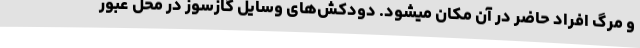
و مرگ افراد حاضر در آن مکان میشود. دودکش‌های وسایل گازسوز در محل عبور